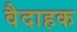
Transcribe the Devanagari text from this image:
वैदाहक